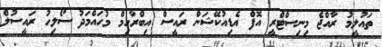
ތައުލީމު ރާއްޖެ މިނިސްޓްރީ އޮފް އެޑިއުކޭޝަން ރައީސް އިބްރާހިމް މުހައްމަދު ސޯލިހު ރައީސުލް